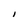
Character: I